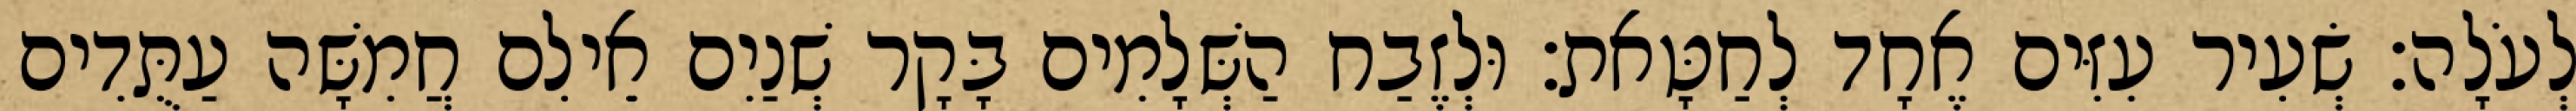
לְעֹלָה׃ שְׂעִיר עִזִּים אֶחָד לְחַטָּאת׃ וּלְזֶבַח הַשְּׁלָמִים בָּקָר שְׁנַיִם אֵילִם חֲמִשָּׁה עַתֻּדִים